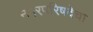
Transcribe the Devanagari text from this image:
नगरपरिषदेचा